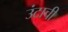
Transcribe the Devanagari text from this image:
उंटाची